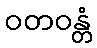
ဝတဝန္တံ